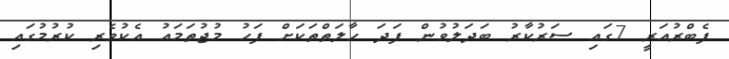
ފެބްރުއަރީ 7ގައި ސަރުކާރު ބަދަލުވުން ފަދަ ހާލަތްތަކަށް ފަހު މުޖުތަމައު އެކުވެރި ކުރުމުގައި